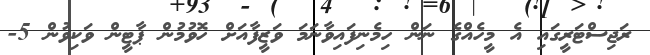
ރަޖިސްޓަރީގައި އެ މީހެއްގެ ނަން ހިމެނިފައިވާނަމަ ވަޒީފާއަށް ހޮވުމުން ޕާޓީން ވަކިވުން 5-